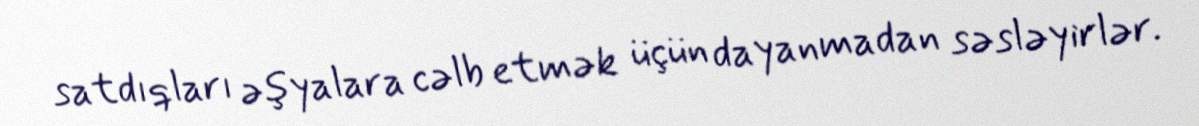
satdıqları əşyalara cəlb etmək üçün dayanmadan səsləyirlər.